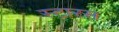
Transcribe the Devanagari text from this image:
स्टारस